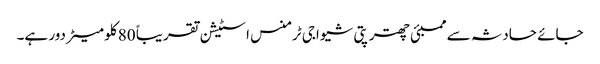
جائے حادثہ سے ممبئی چھترپتی شیواجی ٹرمنس اسٹیشن تقریباً 80 کلو میٹر دور ہے۔